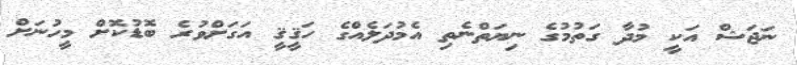
ނަޖަޝް އަކީ މުދާ ގަތުމުގެ ނިޔަތްނެތި އެމުދަލެއްގެ ހަޤީޤީ އަގަށްވުރެ ބޮޑުކޮށް މީހުނަށް